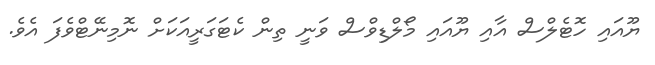
ޔޫއައި ހޮޓެލްސް އާއި ޔޫއައި މޯލްޑިވްސް ވަނީ ތިން ކެޓަގަރީއަކަށް ނޮމިނޭޓްވެފަ އެވެ.